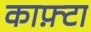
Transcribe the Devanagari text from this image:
काफ़्टा